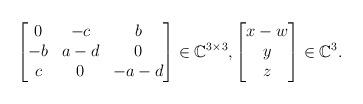
LaTeX: \begin{align*}\begin{bmatrix}0 & -c & b\\-b & a-d & 0\\c & 0 & -a-d\end{bmatrix} \in \mathbb{C}^{3 \times 3}, \begin{bmatrix}x-w\\y\\z\end{bmatrix} \in \mathbb{C}^3.\end{align*}